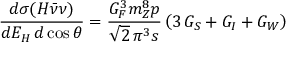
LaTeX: \frac { d \sigma ( H \bar { \nu } \nu ) } { d E _ { H } \, d \cos \theta } = \frac { G _ { F } ^ { 3 } m _ { Z } ^ { 8 } p } { \sqrt 2 \, \pi ^ { 3 } s } \left( 3 \, { \cal G } _ { S } + { \cal G } _ { I } + { \cal G } _ { W } \right)